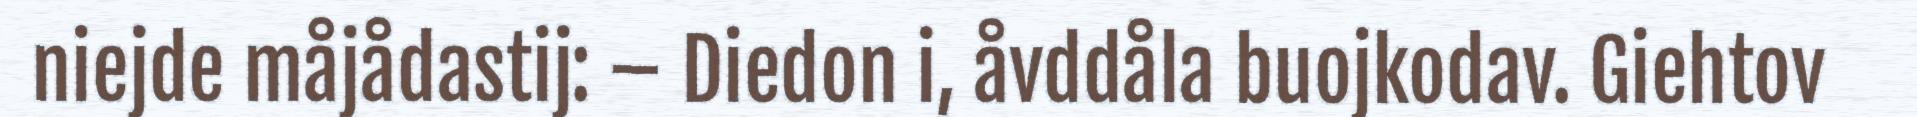
niejde måjådastij: – Diedon i, åvddåla buojkodav. Giehtov